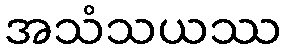
အသံသယဿ